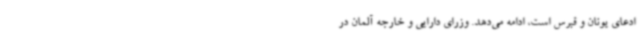
ادعای یونان و قبرس است، ادامه می‌دهد. وزرای دارایی و خارجه آلمان در